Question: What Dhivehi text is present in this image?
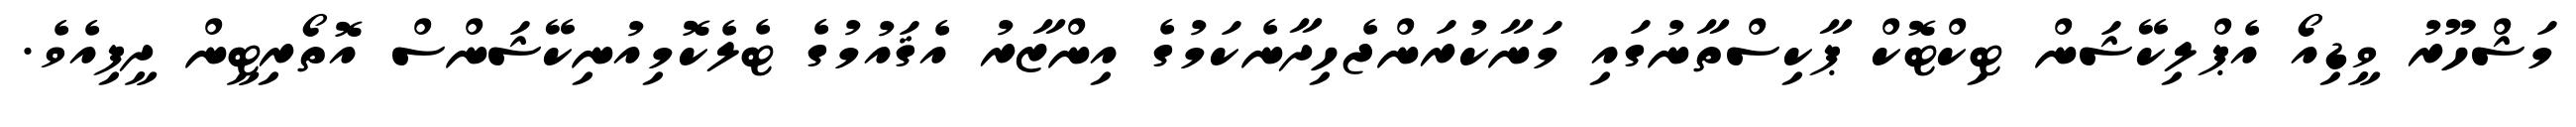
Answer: މަޝްހޫރު ވީޑިއޯ އެޕްލިކޭޝަން ޓިކްޓޮކް ޕާކިސްތާނުގައި މަނާކުރަންޖެހިދާނެކަމުގެ އިންޒާރު އެޤައުމުގެ ޓެލެކޮމިއުނިކޭޝަންސް އޮތޯރިޓީން ދީފިއެވެ.